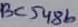
Text: BC548b